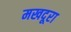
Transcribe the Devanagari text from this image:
मखदूरा